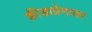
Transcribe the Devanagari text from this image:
क्रीडाप्रेमावर